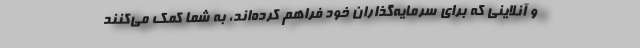
و آنلاینی که برای سرمایه‌گذاران خود فراهم کرده‌اند، به شما کمک می‌کنند